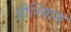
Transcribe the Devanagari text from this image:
हौस्किंस